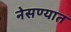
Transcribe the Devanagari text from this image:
नेसण्यात